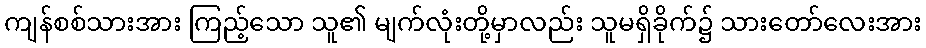
ကျန်စစ်သားအား ကြည့်သော သူ၏ မျက်လုံးတို့မှာလည်း သူမရှိခိုက်၌ သားတော်လေးအား